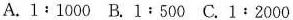
A.1:1000B.1:500C.1:2000